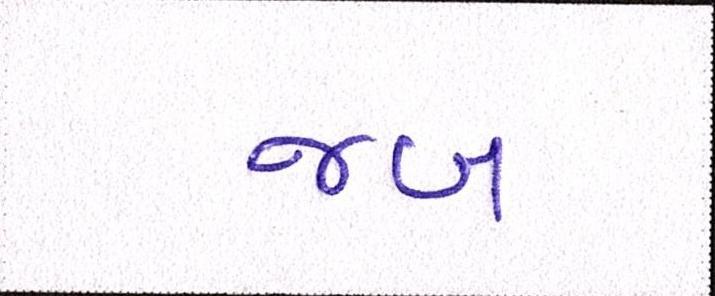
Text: જબ